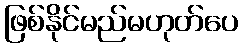
ဖြစ်နိုင်မည်မဟုတ်ပေ